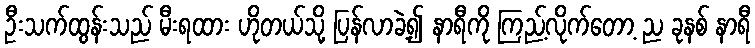
ဦးသက်ထွန်းသည် မီးရထား ဟိုတယ်သို့ ပြန်လာခဲ့၍ နာရီကို ကြည့်လိုက်တော့ ည ခုနစ် နာရီ